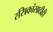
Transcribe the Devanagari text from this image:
रसिकांसाठीही